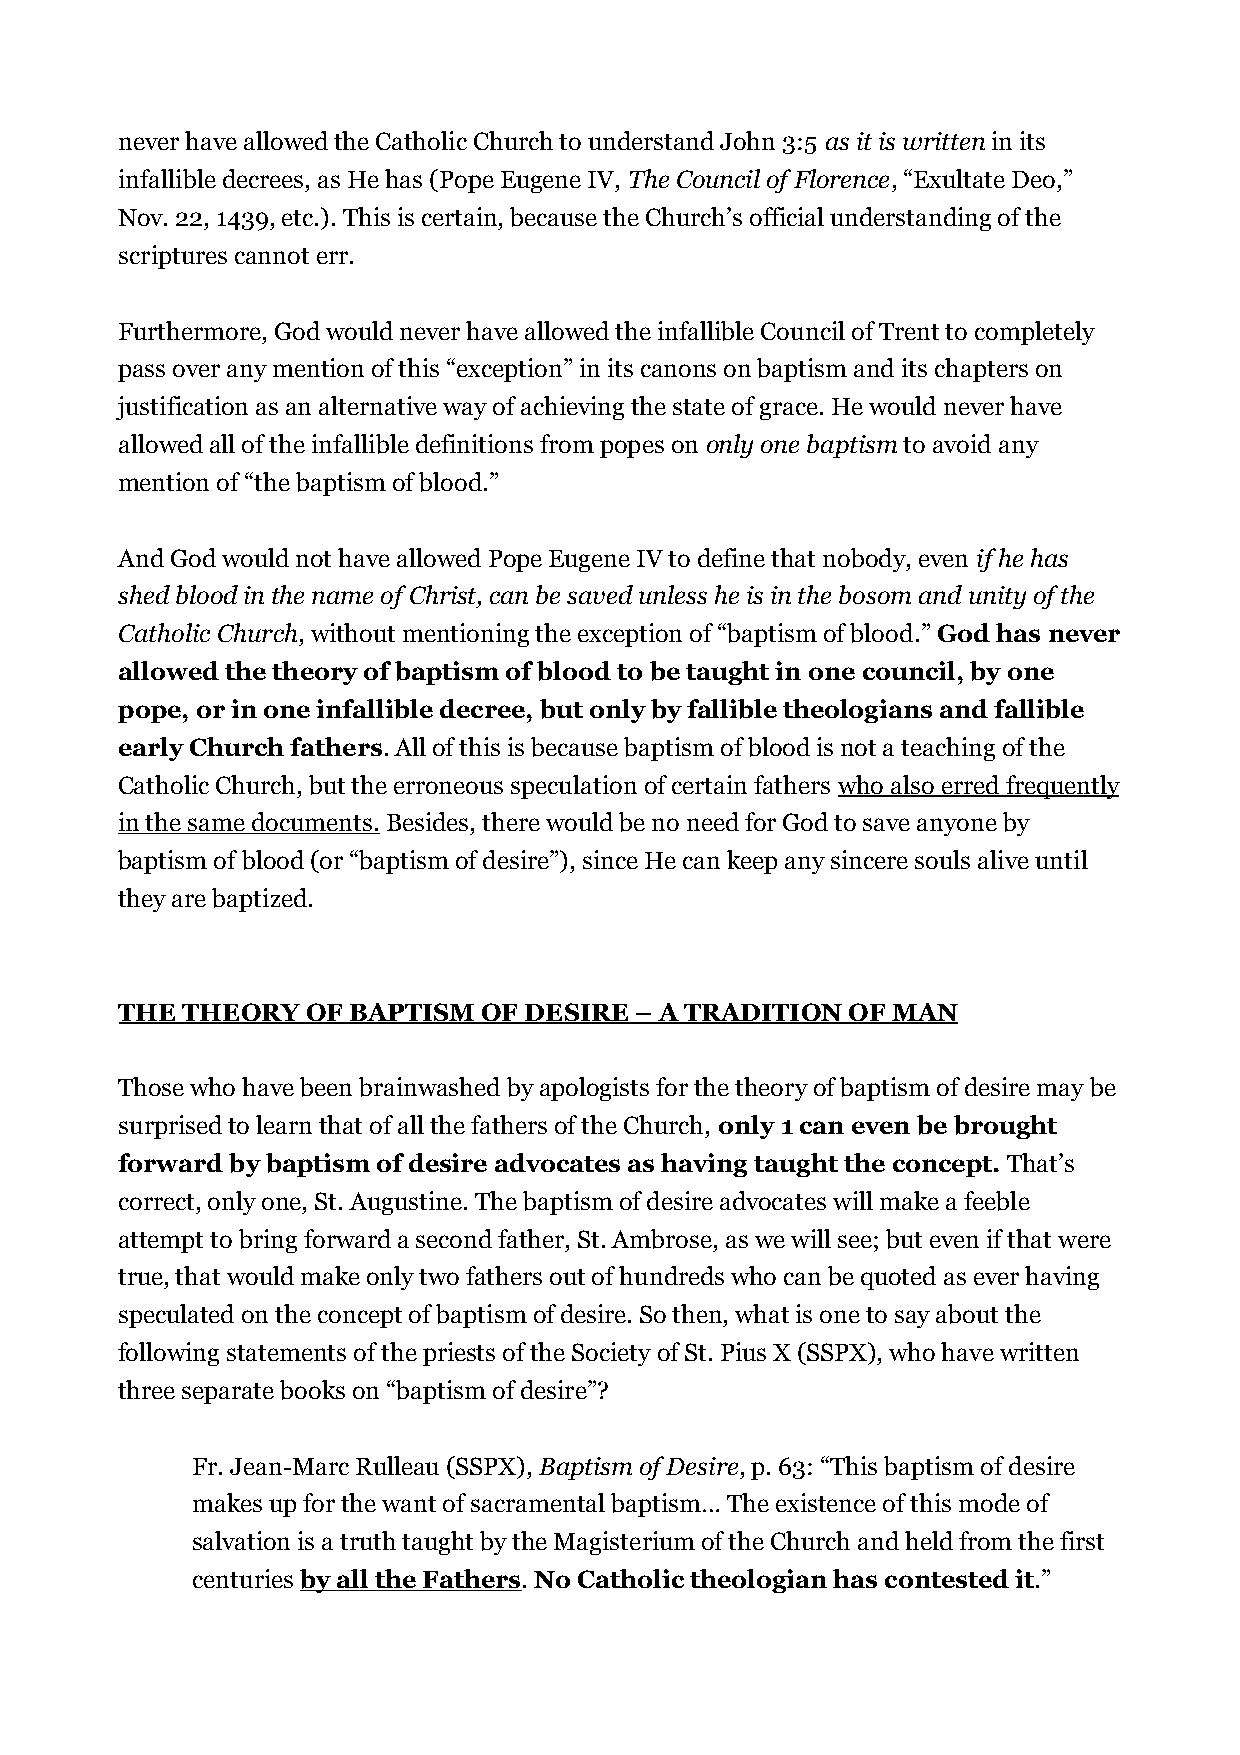
never have allowed the Catholic Church to understand John 3:5 as it is written in its
 infallible decrees, as He has (Pope Eugene IV, The Council of Florence, “Exultate Deo,”
 Nov. 22, 1439, etc.). This is certain, because the Church’s official understanding of the
 scriptures cannot err.
 Furthermore, God would never have allowed the infallible Council of Trent to completely
 pass over any mention of this “exception” in its canons on baptism and its chapters on
 justification as an alternative way of achieving the state of grace. He would never have
 allowed all of the infallible definitions from popes on only one baptism to avoid any
 mention of “the baptism of blood.”
 And God would not have allowed Pope Eugene IV to define that nobody, even if he has
 shed blood in the name of Christ, can be saved unless he is in the bosom and unity of the
 Catholic Church, without mentioning the exception of “baptism of blood.” God has never
 allowed the theory of baptism of blood to be taught in one council, by one
 pope, or in one infallible decree, but only by fallible theologians and fallible
 early Church fathers. All of this is because baptism of blood is not a teaching of the
 Catholic Church, but the erroneous speculation of certain fathers who also erred frequently
 in the same documents. Besides, there would be no need for God to save anyone by
 baptism of blood (or “baptism of desire”), since He can keep any sincere souls alive until
 they are baptized.
 THE THEORY  OF BAPTISM  OF DESIRE – A TRADITION OF MAN
 Those who have been brainwashed by apologists for the theory of baptism of desire may be
 surprised to learn that of all the fathers of the Church, only 1 can even be brought
 forward by baptism of desire advocates as having taught the concept. That’s
 correct, only one, St. Augustine. The baptism of desire advocates will make a feeble
 attempt to bring forward a second father, St. Ambrose, as we will see; but even if that were
 true, that would make only two fathers out of hundreds who can be quoted as ever having
 speculated on the concept of baptism of desire. So then, what is one to say about the
 following statements of the priests of the Society of St. Pius X (SSPX), who have written
 three separate books on “baptism of desire”?
 Fr. Jean-Marc Rulleau (SSPX), Baptism of Desire, p. 63: “This baptism of desire
 makes up for the want of sacramental baptism… The existence of this mode of
 salvation is a truth taught by the Magisterium of the Church and held from the first
 centuries by all the Fathers. No Catholic theologian has contested it.”